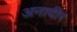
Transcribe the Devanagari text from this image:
अनादीर